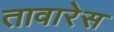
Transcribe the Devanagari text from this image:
तावारेस